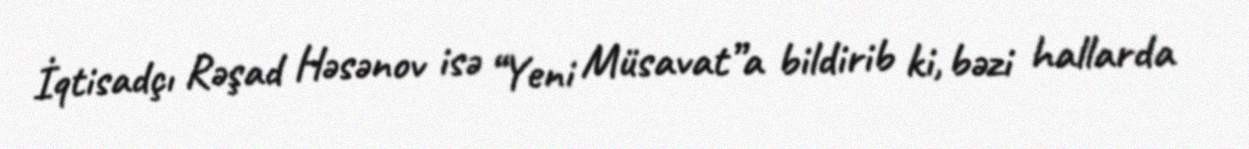
İqtisadçı Rəşad Həsənov isə “Yeni Müsavat”a bildirib ki, bəzi hallarda